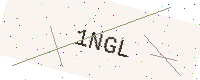
Text: 1NGL